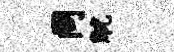
同觥